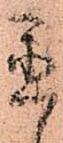
置